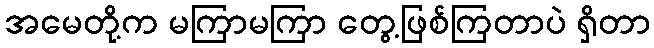
အမေတို့က မကြာမကြာ တွေ့ဖြစ်ကြတာပဲ ရှိတာ